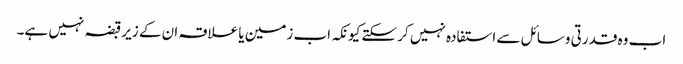
اب وہ قدرتی وسائل سے استفادہ نہیں کر سکتے کیونکہ اب زمین یا علاقہ ان کے زیرقبضہ نہیں ہے۔